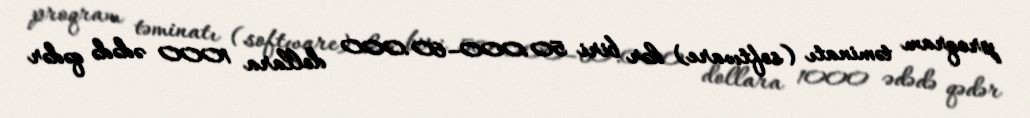
proqram təminatı (software) hər biri 50.000–60.000 dollara 1000 ədədə qədər